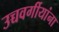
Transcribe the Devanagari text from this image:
उच्चवर्गीयांना